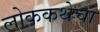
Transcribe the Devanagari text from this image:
लोककथेचा